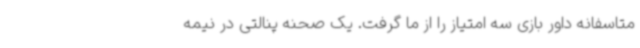
متاسفانه داور بازی سه امتیاز را از ما گرفت. یک صحنه پنالتی در نیمه